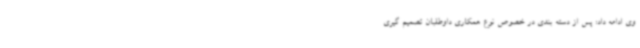
وی ادامه داد: پس از دسته بندی در خصوص نوع همکاری داوطلبان تصمیم گیری